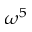
\omega ^ { 5 }